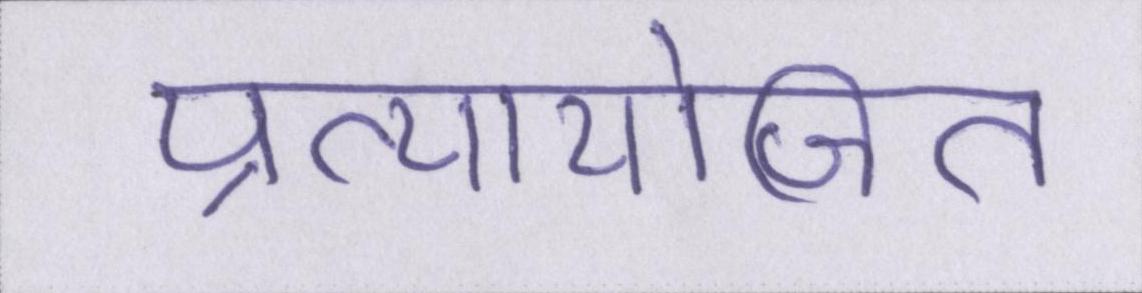
प्रत्यायोजित